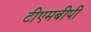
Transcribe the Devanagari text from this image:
टीएमबीपी